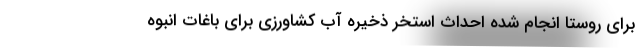
برای روستا انجام شده احداث استخر ذخیره آب کشاورزی برای باغات انبوه